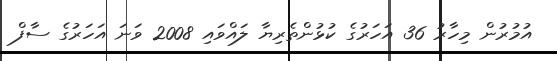
އުމުރުން މިހާރު 36 އަހަރުގެ ކުޅުންތެރިޔާ ލައްވައި 2008 ވަނަ އަހަރުގެ ސާފް